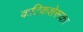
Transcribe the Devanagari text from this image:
कटिकशेरूका